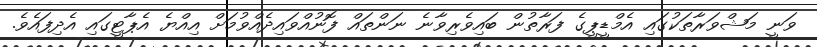
ވަނީ މަޝްވަރާތަކުގައި އެމްޑީޕީގެ ފަރާތުން ބައިވެރިވާނެ ނަންތައް ފޮނުއްވައިދެއްވުމަށް އިއްޔެ އެޕާޓީގައި އެދިފައެވެ.